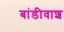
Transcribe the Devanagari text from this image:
बांडीवाश